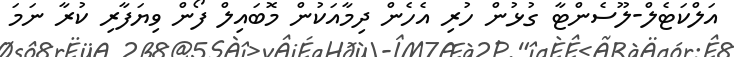
އަލްކަޓެލް-ލޫސެންޓާ ގުޅުން ހުރި އެހެން ދިމާއަކުން މޮބައިލް ފޯން ވިޔަފާރި ކުރާ ނަމަ